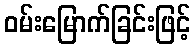
ဝမ်းမြောက်ခြင်းဖြင့်